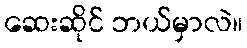
ဆေးဆိုင် ဘယ်မှာလဲ။